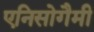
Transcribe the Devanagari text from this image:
एनिसोगैमी